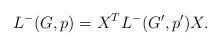
LaTeX: \begin{align*}L^{-}(G,p)= X^T L^{-}(G',p') X.\end{align*}